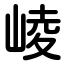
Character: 崚